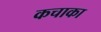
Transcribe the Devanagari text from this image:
कचाका